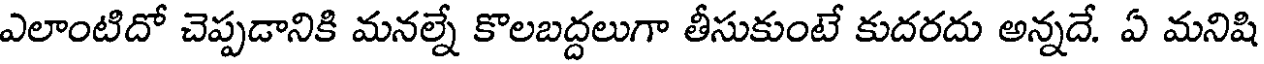
ఎలాంటిదో చెప్పడానికి మనల్నే కొలబద్దలుగా తీసుకుంటే కుదరదు అన్నదే. ఏ మనిషి